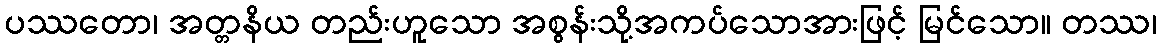
ပဿတော၊ အတ္တနိယ တည်းဟူသော အစွန်းသို့အကပ်သောအားဖြင့် မြင်သော။ တဿ၊